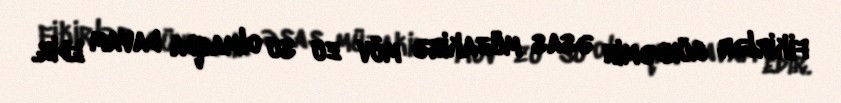
fikirlər gündəmin əsas müzakirə möv­zu­su olmaqda davam edir.